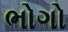
ભોગો